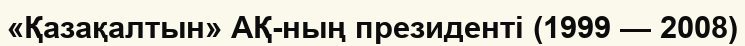
«Қазақалтын» АҚ-ның президенті (1999 — 2008)